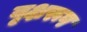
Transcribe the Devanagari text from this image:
वृक्षरूप